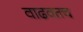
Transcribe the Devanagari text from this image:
वाढवतच